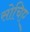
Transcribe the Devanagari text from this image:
सोचिए